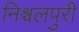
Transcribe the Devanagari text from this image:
निश्चलपुरी